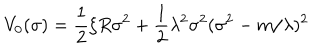
V _ { 0 } ( \sigma ) = \frac 1 2 \xi R \sigma ^ { 2 } + \frac 1 2 \lambda ^ { 2 } \sigma ^ { 2 } ( \sigma ^ { 2 } - m / \lambda ) ^ { 2 }